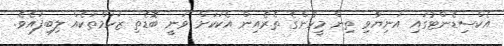
އެކްސިޑެންޓުގައި އަނިޔާވި ތިން މީހުންގެ ތެރެއިން އެކަކަށް ވަނީ ބޮޑެތި ޒަހަމްތަކެއް ލިބިފައެވެ.